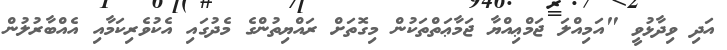
އަދި ވިދާޅުވީ "އަމިއްލަ ޖަމްޢިއްޔާ ޖަމާޢަތްތަކުން މިގޮތަށް ރައްޔިތުންގެ މެދުގައި އެކުވެރިކަމާއި އެއްބާރުލުން